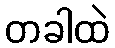
တခါထဲ